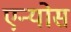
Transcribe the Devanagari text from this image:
एन्योस